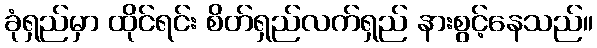
ခုံရှည်မှာ ထိုင်ရင်း စိတ်ရှည်လက်ရှည် နားစွင့်နေသည်။